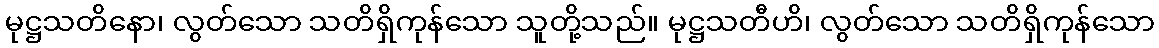
မုဋ္ဌသတိနော၊ လွတ်သော သတိရှိကုန်သော သူတို့သည်။ မုဋ္ဌသတီဟိ၊ လွတ်သော သတိရှိကုန်သော